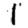
Digit: 1